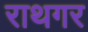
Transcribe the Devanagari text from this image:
राथगर